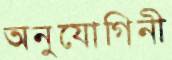
অনুযোগিনী